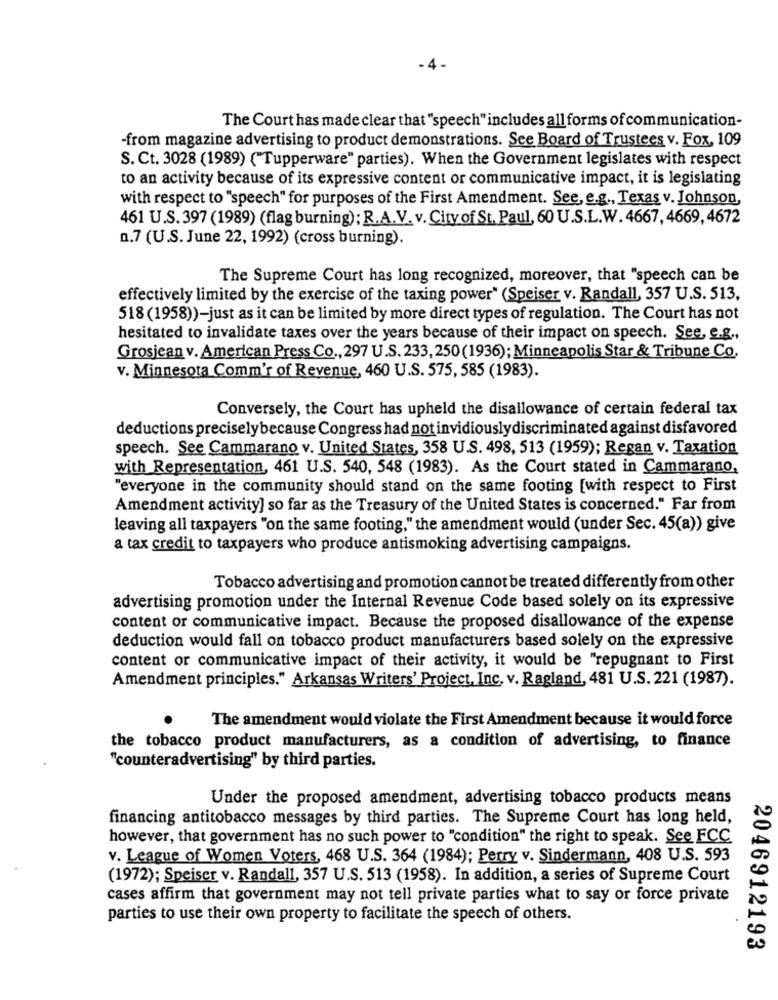
The Court has made clear that "speech" includes all forms of communication-
-from magazine advertising to product demonstrations. See Board of Trustees v. Fox, 109
S. Ct. 3028 (1989) ("Tupperware" parties). When the Government legislates with respect
to an activity because of its expressive content or communicative impact, it is legislating
with respect to "speech" for purposes of the First Amendment. See, e.g ., Texas v. Johnson,
461 U.S. 397 (1989) (flag burning); R.A.V. v. City of St. Paul, 60 U.S.L.W. 4667, 4669, 4672
n.7 (U.S.June 22, 1992) (cross burning).
The Supreme Court has long recognized, moreover, that "speech can be
effectively limited by the exercise of the taxing power" (Speiser v. Randall, 357 U.S. 513,
518(1958))-just as it can be limited by more direct types of regulation. The Court has not
hesitated to invalidate taxes over the years because of their impact on speech. See, e.g .,
Grosjean v. American Press Co ., 297 U.S. 233,250(1936); Minneapolis Star & Tribune Co.
v. Minnesota Comm'r of Revenue, 460 U.S. 575, 585 (1983).
Conversely, the Court has upheld the disallowance of certain federal tax
deductions preciselybecause Congress had not invidiouslydiscriminated against disfavored
speech. See Cammarano v. United States, 358 U.S. 498, 513 (1959); Regan v. Taxation
with Representation, 461 U.S. 540, 548 (1983). As the Court stated in Cammarano,
"everyone in the community should stand on the same footing [with respect to First
Amendment activity] so far as the Treasury of the United States is concerned." Far from
leaving all taxpayers "on the same footing," the amendment would (under Sec. 45(a)) give
a tax credit to taxpayers who produce antismoking advertising campaigns.
Tobacco advertising and promotion cannot be treated differently from other
advertising promotion under the Internal Revenue Code based solely on its expressive
content or communicative impact. Because the proposed disallowance of the expense
deduction would fall on tobacco product manufacturers based solely on the expressive
content or communicative impact of their activity, it would be "repugnant to First
Amendment principles." Arkansas Writers' Project, Inc, v. Ragland, 481 U.S. 221 (1987).
The amendment would violate the First Amendment because it would force
the tobacco product manufacturers, as a condition of advertising, to finance
"counteradvertising" by third parties.
Under the proposed amendment, advertising tobacco products means
financing antitobacco messages by third parties. The Supreme Court has long held,
however, that government has no such power to "condition" the right to speak. See FCC
v. League of Women Voters, 468 U.S. 364 (1984); Perry v. Sindermann, 408 U.S. 593
(1972); Speiser v. Randall, 357 U.S. 513 (1958). In addition, a series of Supreme Court
cases affirm that government may not tell private parties what to say or force private
parties to use their own property to facilitate the speech of others.
2046912193